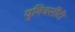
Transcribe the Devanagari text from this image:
युनिवर्सीटी